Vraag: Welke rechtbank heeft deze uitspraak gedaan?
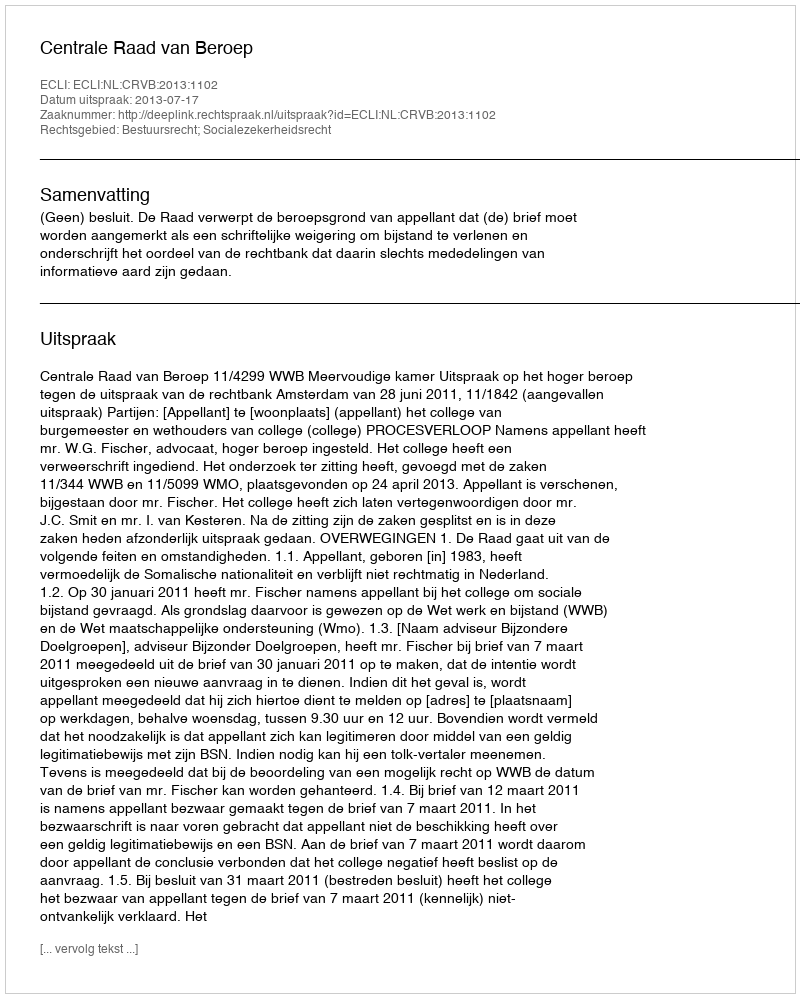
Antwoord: Centrale Raad van Beroep